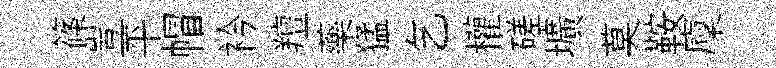
篠豈平帽衿羶藥猛乞權磋壙莫鞍廩